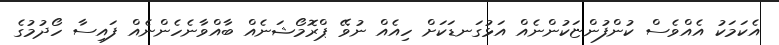
އެކަމަކު އެއްވެސް ކުންފުންޏަކުންނެއް އަޅުގަނޑަކަށް ހިއެއް ނުވޭ ޕްރޮމޯޝަނެއް ބާއްވާނެހެންނެއް ފައިސާ ހޯދުމުގެ